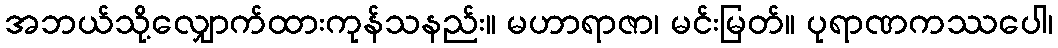
အဘယ်သို့လျှောက်ထားကုန်သနည်း။ မဟာရာဇာ၊ မင်းမြတ်။ ပုရာဏကဿပေါ၊